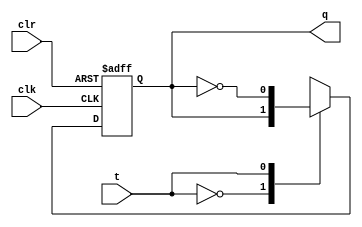
module tt(t,clk,clr,q);
input t,clk,clr;
output q;
reg q;
always@(posedge clk or posedge clr)
begin
if(clr==1)
q=0;
else
begin
case(t)
0: q=q;
1: q=~q;
endcase
end
end
endmodule

module testbench();
reg t;
reg clk;
reg clr;
wire q;
tt sa(t,clk,clr,q);
always #1 clk=~clk;
initial 
begin
clk=1;
clr=1;
t=0;
#4 t=1; clr=0;
#4 t=0; 
#4 t=0;
#4 t=1;
#4 $finish;
end
endmodule